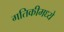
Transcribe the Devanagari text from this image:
गतिकीमध्ये